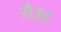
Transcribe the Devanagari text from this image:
सैइद